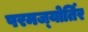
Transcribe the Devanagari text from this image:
परमज्‍योर्तिर